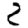
Digit: 2